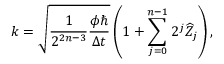
k = \sqrt { \frac { 1 } { 2 ^ { 2 n - 3 } } \frac { \phi \hbar } { \Delta t } } \left( 1 + \sum _ { j = 0 } ^ { n - 1 } 2 ^ { j } \widehat { Z } _ { j } \right) ,